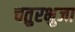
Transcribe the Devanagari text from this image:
चतुरभुजा